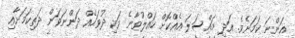
އަންނަ ކަމަށެވެ. އަދި މައްސަލަ އެއްކޮށް ހައްލުވާނެ ވަކި ދުވަހެއް ދަންނަވަން ދަތިކަމަށާއި